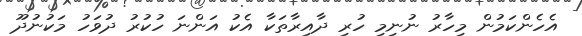
އެހެންކަމުން މިހާރު ނުނިމި ހުރި ދާއިރާތަކާ އެކު އަންނަ ހުކުރު ދުވަހު މަކުނުދޫ